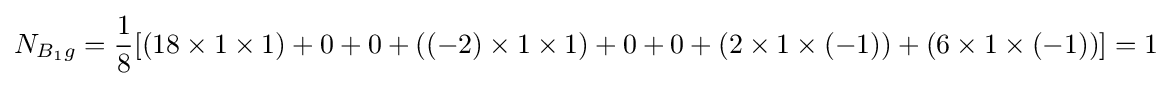
N_{B_{1}g}={\frac {1}{8}}[(18\times 1\times 1)+0+0+((-2)\times 1\times 1)+0+0+(2\times 1\times (-1))+(6\times 1\times (-1))]=1